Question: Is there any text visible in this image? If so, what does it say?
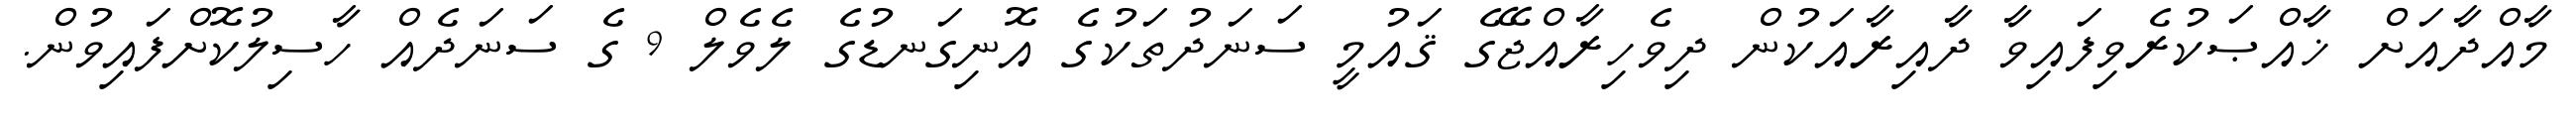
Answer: މާއްދާއަށް ޚާއްޞަކުރެވިފައިވާ ދާއިރާއަކުން ދިވެހިރާއްޖޭގެ ޤައުމީ ސަނަދުތަކުގެ އޮނިގަނޑުގެ ލެވެލް 9 ގެ ސަނަދެއް ހާސިލުކޮށްފައިވުން.